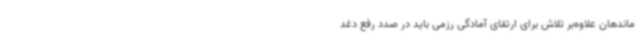
ماندهان علاوه‌بر تلاش برای ارتقای آمادگی رزمی باید در صدد رفع دغد